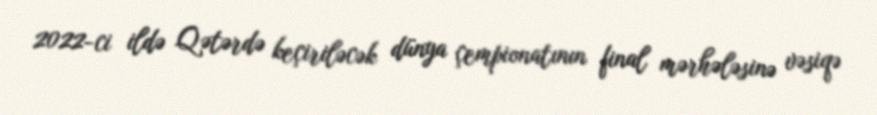
2022-ci ildə Qətərdə keçiriləcək dünya çempionatının final mərhələsinə vəsiqə